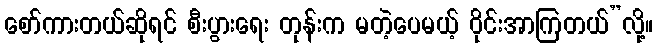
စော်ကားတယ်ဆိုရင် စီးပွားရေး တုန်းက မတဲ့ပေမယ့် ဝိုင်းအာကြတယ်”လို့။